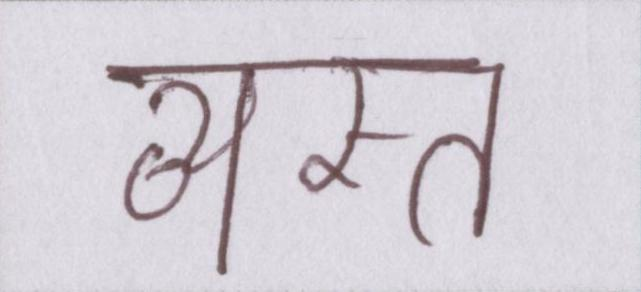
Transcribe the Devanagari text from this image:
व्यस्त